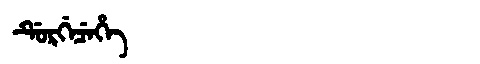
Manchu: ᡩᡠᡵᡤᡝᠴᡝᡥᡝ
Romanization: DURGECEHE